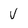
Character: V